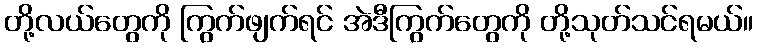
တို့လယ်တွေကို ကြွက်ဖျက်ရင် အဲဒီကြွက်တွေကို တို့သုတ်သင်ရမယ်။